Report on the bubonic plague in Bombay, 1896-1897
Year: 1896
Disease focus: Plague
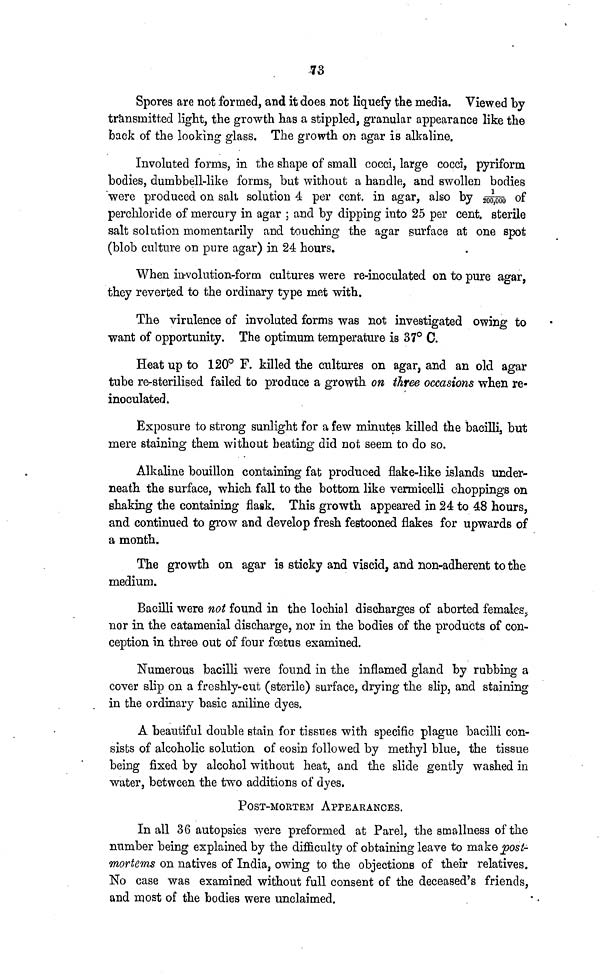
73
Spores are not formed, and it does not liquefy the media. Viewed by
transmitted light, the growth has a stippled, granular appearance like the
back of the looking glass. The growth on agar is alkaline.
Involuted forms, in the shape of small cocci, large cocci, pyriform
bodies, dumbbell-like forms, but without a handle, and swollen bodies
were produced on salt solution 4 per cent. in agar, also by 1/200,000 of
perchloride of mercury in agar ; and by dipping into 25 per cent. sterile
salt solution momentarily and touching the agar surface at one spot
(blob culture on pure agar) in 24 hours.
When involution-form cultures were re-inoculated on to pure agar,
they reverted to the ordinary type met with.
The virulence of involuted forms was not investigated owing to
want of opportunity. The optimum temperature is 37° C.
Heat up to 120° F. killed the cultures on agar, and an old agar
tube re-sterilised failed to produce a growth on three occasions when re-
inoculated.
Exposure to strong sunlight for a few minutes killed the bacilli, but
mere staining them without beating did not seem to do so.
Alkaline bouillon containing fat produced flake-like islands under-
neath the surface, which fall to the bottom like vermicelli choppings on
shaking the containing flask. This growth appeared in 24 to 48 hours,
and continued to grow and develop fresh festooned flakes for upwards of
a month.
The growth on agar is sticky and viscid, and non-adherent to the
medium.
Bacilli were not found in the lochial discharges of aborted females,
nor in the catamenial discharge, nor in the bodies of the products of con-
ception in three out of four foetus examined.
Numerous bacilli were found in the inflamed gland by rubbing a
cover slip on a freshly-cut (sterile) surface, drying the slip, and staining
in the ordinary basic aniline dyes.
A beautiful double stain for tissues with specific plague bacilli con-
sists of alcoholic solution of eosin followed by methyl blue, the tissue
being fixed by alcohol without heat, and the slide gently washed in
water, between the two additions of dyes.
POST-MORTEM APPEARANCES.
In all 36 autopsies were preformed at Parel, the smallness of the
number being explained by the difficulty of obtaining leave to make post-
mortems on natives of India, owing to the objections of their relatives.
No case was examined without full consent of the deceased's friends,
and most of the bodies were unclaimed.